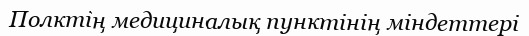
Полктің медициналық пунктінің міндеттері